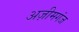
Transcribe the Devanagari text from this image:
अज़ीमगंज